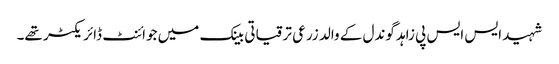
شہید ایس ایس پی زاہد گوندل کے والد زرعی ترقیاتی بینک میں جوائنٹ ڈائریکٹر تھے۔